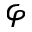
\varphi